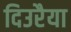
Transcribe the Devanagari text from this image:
दिउरैया